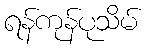
ရန်ကုန်ပုသိမ်